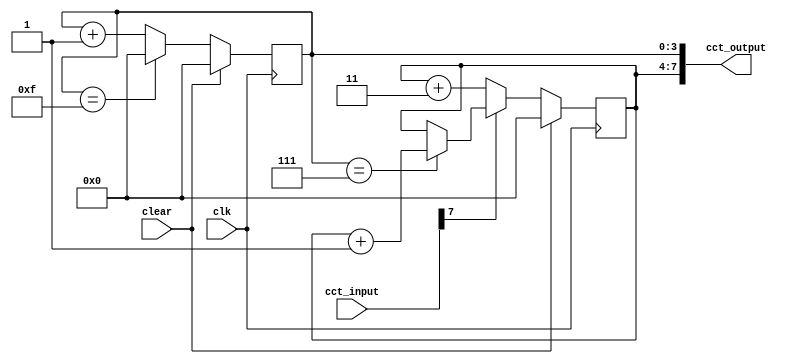
module student_circuit_Q3B (
          input clk, clear,
          input [7:0] cct_input,
	output reg [7:0] cct_output
			 );

reg [3:0] counter_one, counter_two;

always @ (posedge clk)
if (clear == 1'b1) counter_one = 4'b0000;
else if (counter_one == 4'b1111) counter_one = 4'b0000;
else counter_one = counter_one + 4'b0001;

always @ (posedge clk)
if (clear == 1'b1) counter_two = 4'b0000;
else if (cct_input[7] == 1'b0) counter_two = counter_two + 4'b0011;
else if (counter_one == 4'd7) counter_two = counter_two + 4'b0001;
else counter_two = counter_two;

always @ *
cct_output = {counter_two, counter_one};

endmodule